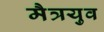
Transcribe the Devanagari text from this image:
मैत्रयुव